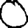
Digit: 0